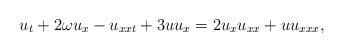
LaTeX: \begin{align*}u_t+2\omega u_x-u_{xxt}+3uu_x=2u_x u_{xx}+u u_{xxx},\end{align*}